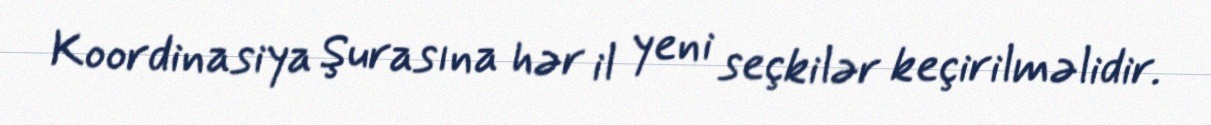
Koordinasiya Şurasına hər il yeni seçkilər keçirilməlidir.